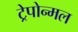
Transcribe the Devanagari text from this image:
ट्रेपोन्मल